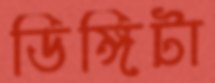
ডিঙ্গিটা